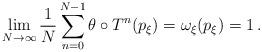
LaTeX: \begin{align*}\lim_{N \to \infty} \frac{1}{N} \sum^{N-1}_{n=0} \theta \circ T^n (p_\xi) = \omega_\xi(p_\xi) = 1\,.\end{align*}